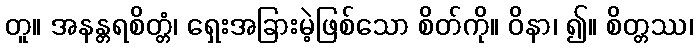
တူ။ အနန္တရစိတ္တံ၊ ရှေးအခြားမဲ့ဖြစ်သော စိတ်ကို။ ဝိနာ၊ ၍။ စိတ္တဿ၊